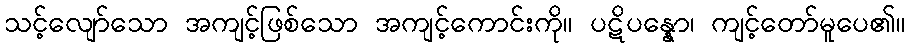
သင့်လျော်သော အကျင့်ဖြစ်သော အကျင့်ကောင်းကို။ ပဋိပန္နော၊ ကျင့်တော်မူပေ၏။